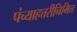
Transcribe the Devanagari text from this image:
पंच्याहत्तरीनिमित्त